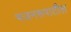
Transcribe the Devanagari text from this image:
भजनरूपातील